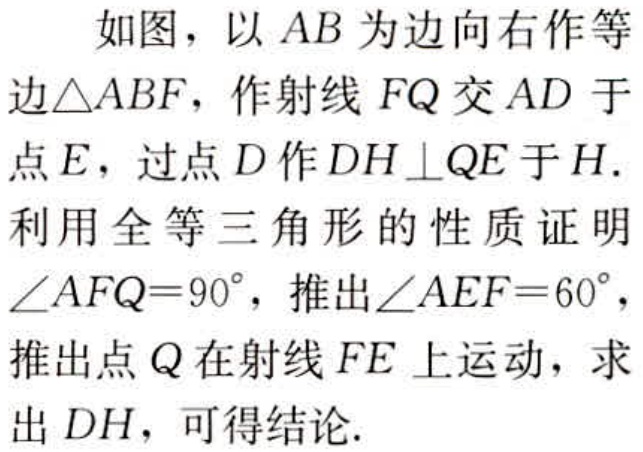
如图，以 \(AB\) 为边向右作等边\(\triangle ABF\)，作射线 \(FQ\) 交 \(AD\) 于点 \(E\)，过点 \(D\) 作 \(DH\perp QE\) 于 \(H\). 利用全等三角形的性质证明\(\angle AFQ = 90^{\circ}\)，推出\(\angle AEF = 60^{\circ}\)，推出点 \(Q\) 在射线 \(FE\) 上运动，求出 \(DH\)，可得结论.